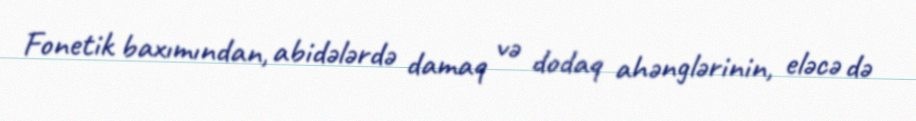
Fonetik baxımından, abidələrdə damaq və dodaq ahənglərinin, eləcə də